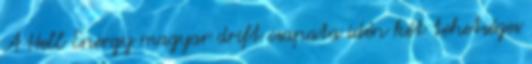
A Hell Energy magyar drift csapata idén két tehetséges